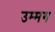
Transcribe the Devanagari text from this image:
उम्मग